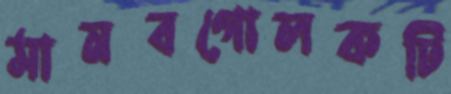
মানবগোলকটি